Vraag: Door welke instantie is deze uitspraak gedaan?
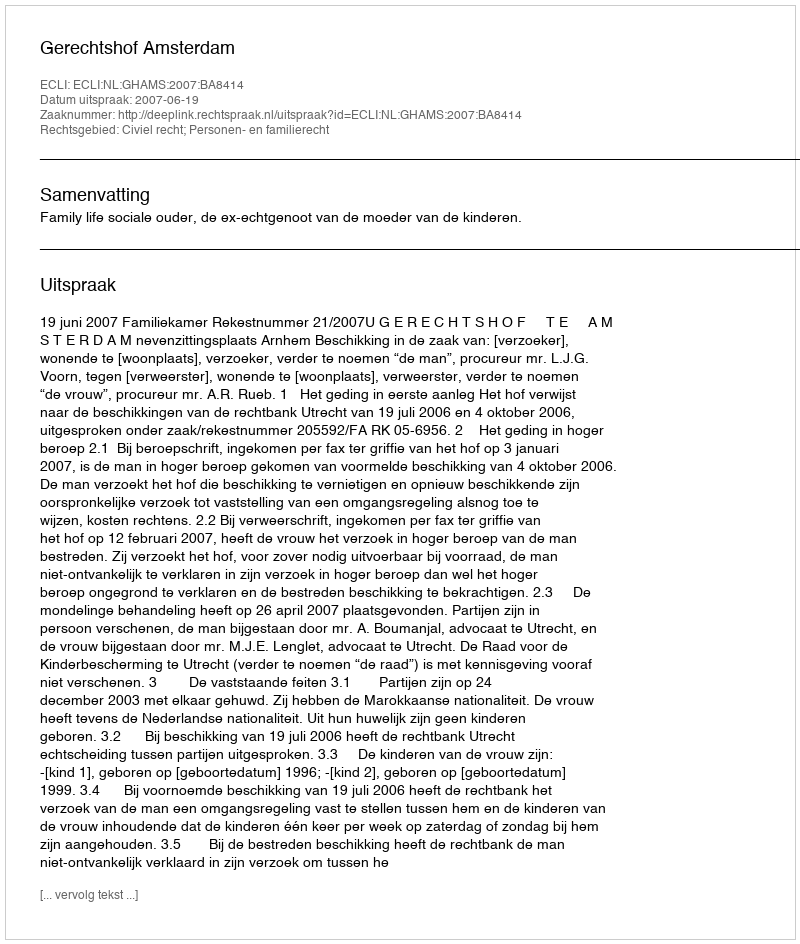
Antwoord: Gerechtshof Amsterdam